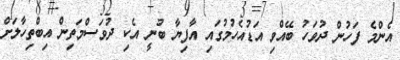
އެންމެ ފަހުން ދުވަހު ބޭއްވި އަޑުއެހުމުގައި އާފިޔާ ބުނީ އެކި ދުވަސްމަތިން އިބްތިހާލަށް